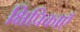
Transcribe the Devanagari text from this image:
क्षिप्रिकाएँ